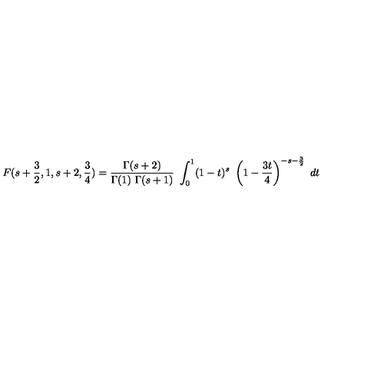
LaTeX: F ( s + { \frac { 3 } { 2 } } , 1 , s + 2 , { \frac { 3 } { 4 } } ) = { \frac { \Gamma ( s + 2 ) } { \Gamma ( 1 ) \ \Gamma ( s + 1 ) } } \ \int _ { 0 } ^ { 1 } ( 1 - t ) ^ { s } \ \left( 1 - { \frac { 3 t } { 4 } } \right) ^ { - s - { \frac { 3 } { 2 } } } \ d t